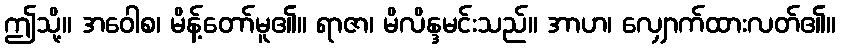
ဤသို့။ အဝေါစ၊ မိန့်တော်မူ၏။ ရာဇာ၊ မိလိန္ဒမင်းသည်။ အာဟ၊ လျှောက်ထားလတ်၏။